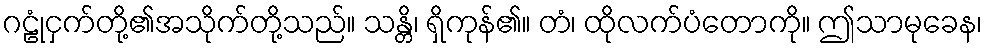
ဂဠုံငှက်တို့၏အသိုက်တို့သည်။ သန္တိ၊ ရှိကုန်၏။ တံ၊ ထိုလက်ပံတောကို။ ဤသာမုခေန၊